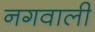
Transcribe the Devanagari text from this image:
नगवाली